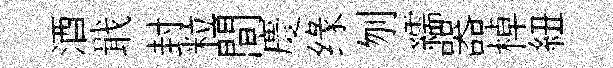
酒戢封粒間慶缘刎繻器棹紐